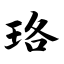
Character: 珞